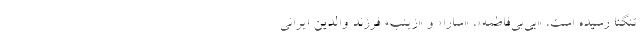
تنگنا رسيده است، «بي‌بي‌فاطمه»، «سارا» و «زينب» فرزند والدين ايراني